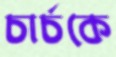
চার্চকে